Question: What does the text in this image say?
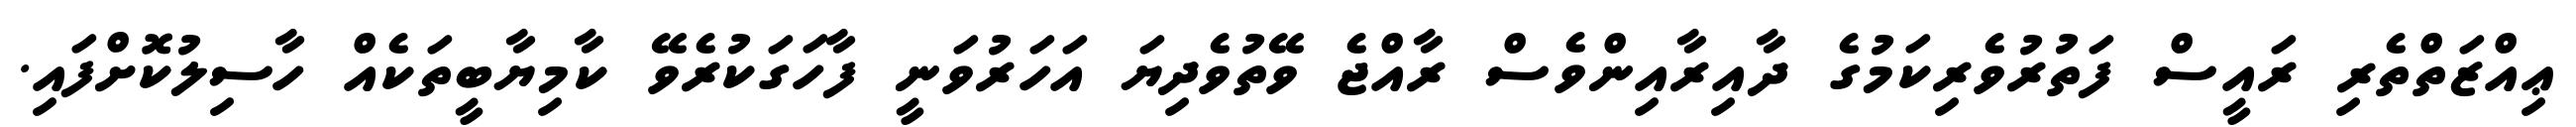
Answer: ޢިއްޒަތްތެރި ރައީސް ފަތުރުވެރިކަމުގެ ދާއިރާއިންވެސް ރާއްޖެ ވޭތުވެދިޔަ އަހަރުވަނީ ފާހަގަކުރެވޭ ކާމިޔާބީތަކެއް ހާސިލުކޮށްފައި.